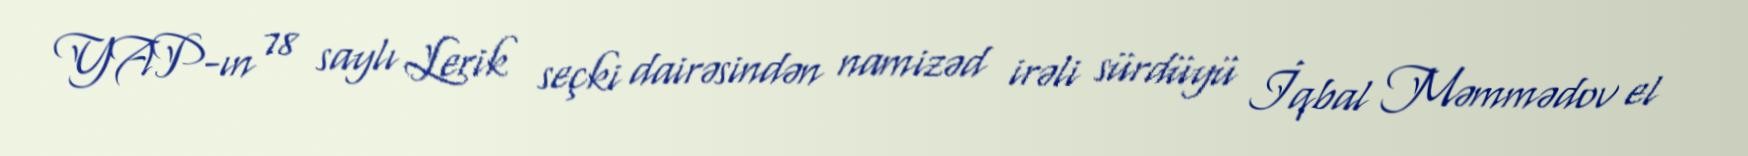
YAP-ın 78 saylı Lerik seçki dairəsindən namizəd irəli sürdüyü İqbal Məmmədov el